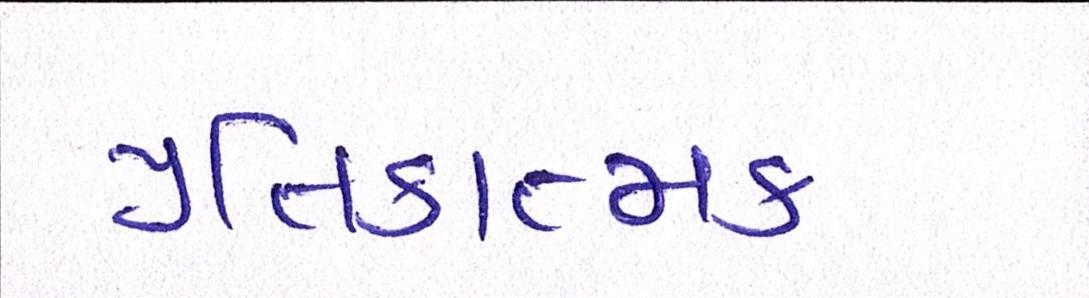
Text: પ્રતિકાત્મક